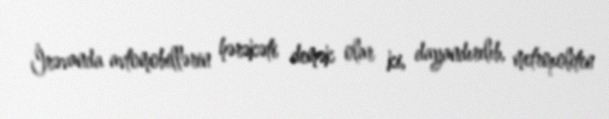
İrəvanda avtomobillərin hərəkəti demək olar ki, dayandırılıb, metropoliten